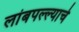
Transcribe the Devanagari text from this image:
लांबपल्ल्याचे